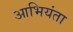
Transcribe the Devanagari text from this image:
आभियंता